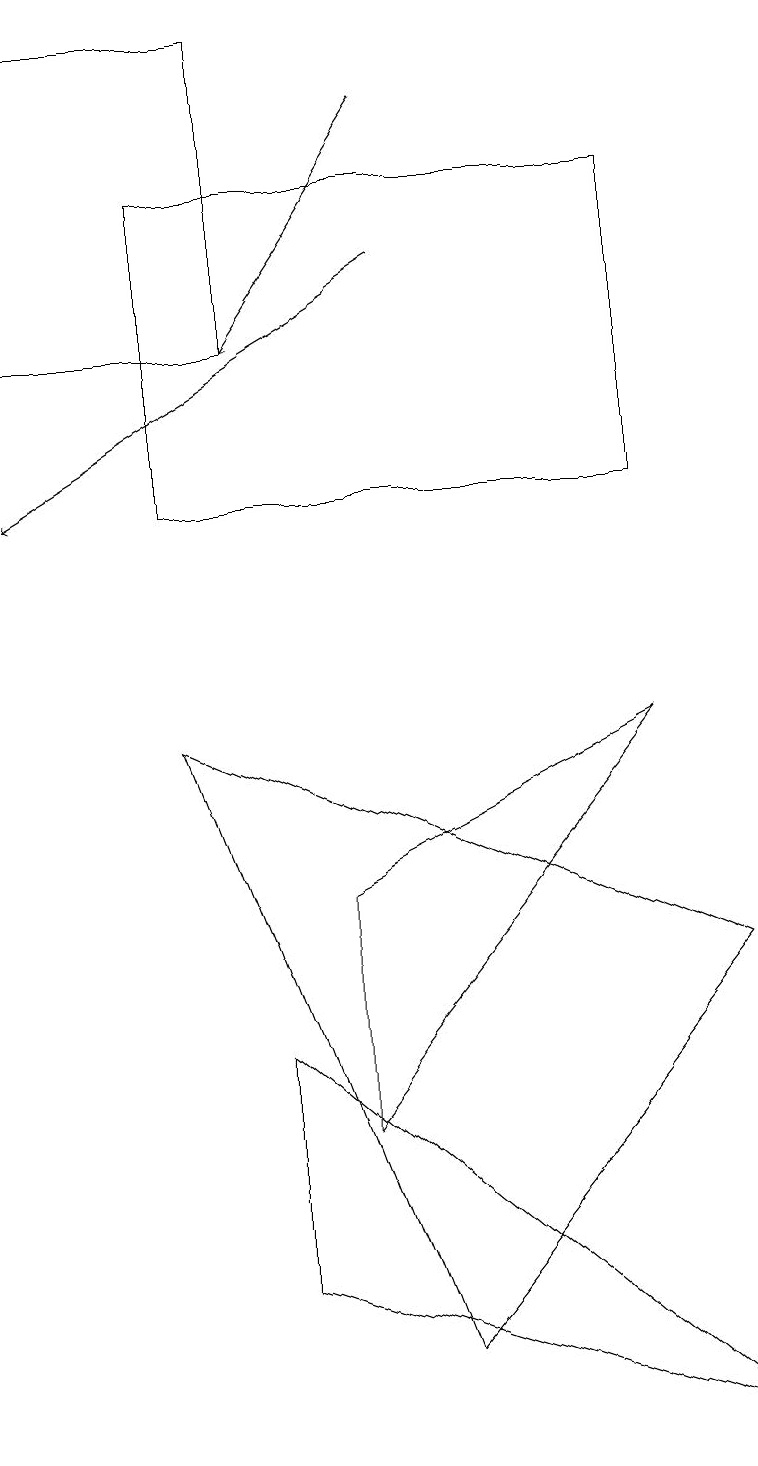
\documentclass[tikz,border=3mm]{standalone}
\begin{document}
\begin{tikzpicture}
\draw[->] (5,15) -- (0,12);
\draw (0,14) rectangle (3,18);
\draw (5,1) -- (2,9) -- (9,6) -- cycle;
\draw (8,9) -- (4,7) -- (4,4) -- cycle;
\draw (3,5) -- (9,0) -- (3,2) -- cycle;
\draw (8,12) rectangle (2,16);
\draw[->] (5,17) -- (3,14);
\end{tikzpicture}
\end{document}